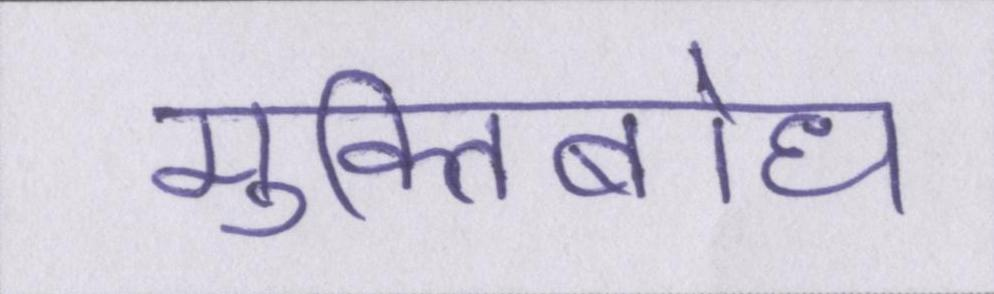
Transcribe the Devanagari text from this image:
मुक्तिबोध